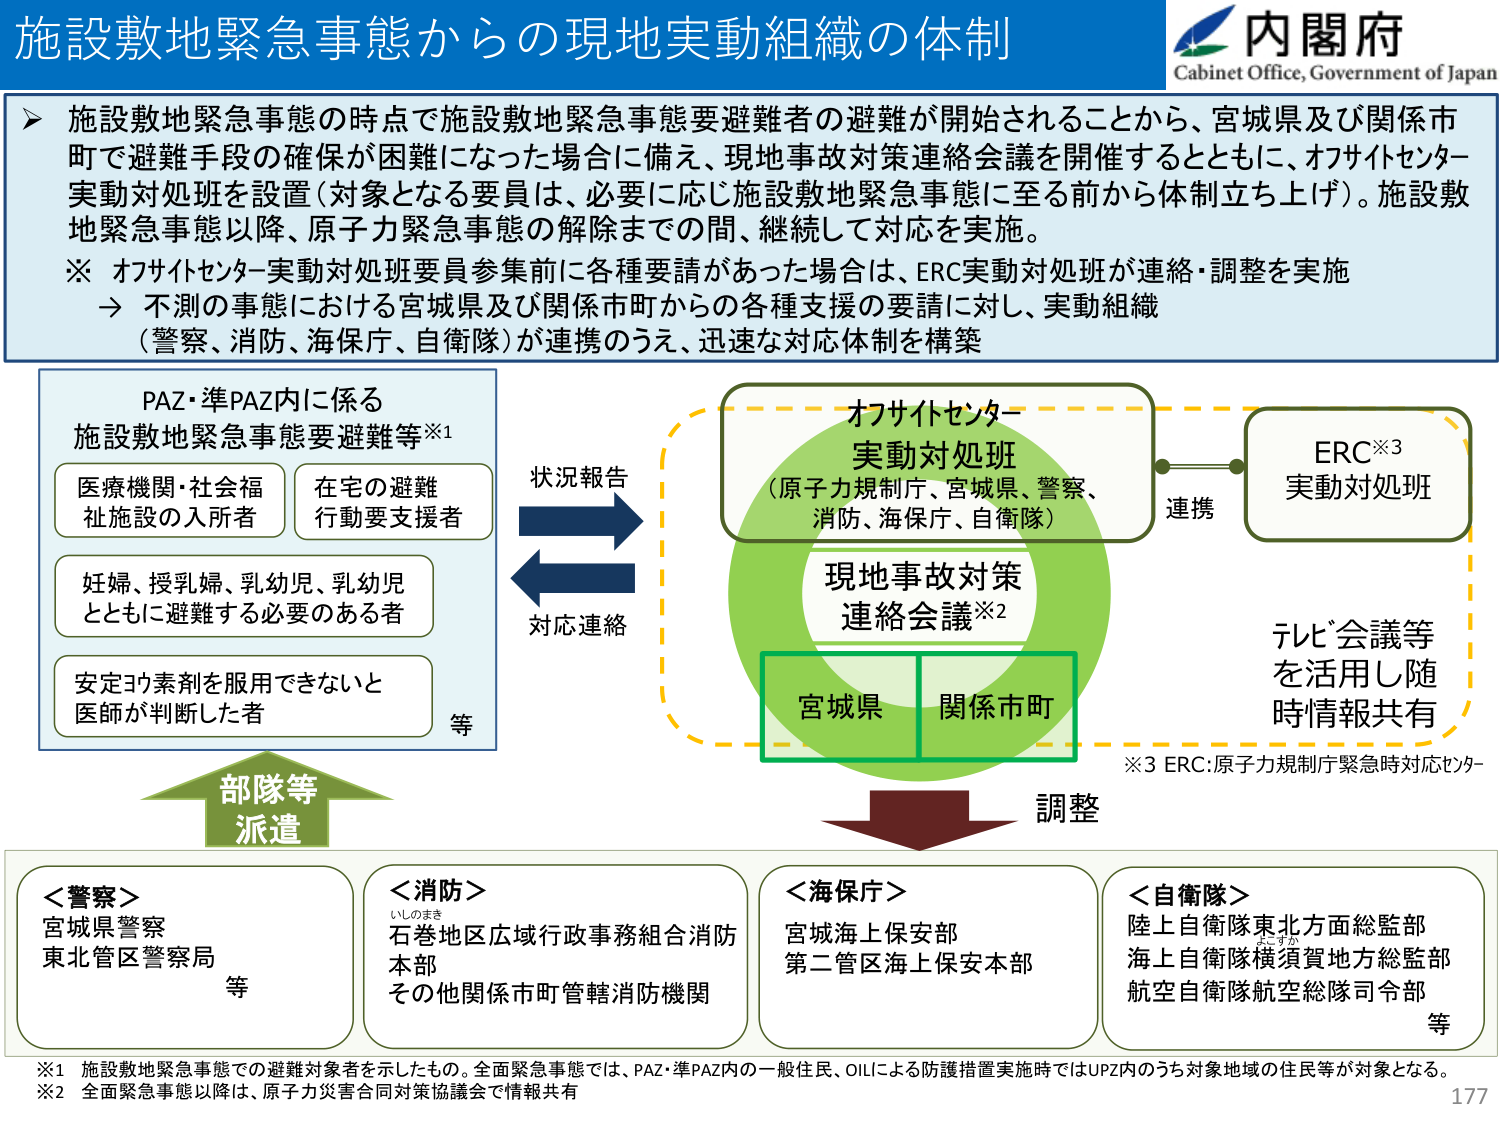
施設敷地緊急事態からの現地実動組織の体制

内閣府
Cabinet Office, Government of Japan

▶ 施設敷地緊急事態の時点で施設敷地緊急事態要避難者の避難が開始されることから、宮城県及び関係市町で避難手段の確保が困難になった場合に備え、現地事故対策連絡会議を開催するとともに、オフサイトセンター実動対処班を設置（対象となる要員は、必要に応じ施設敷地緊急事態に至る前から体制立ち上げ）。施設敷地緊急事態以降、原子力緊急事態の解除までの間、継続して対応を実施。

※ オフサイトセンター実動対処班要員参集前に各種要請があった場合は、ERC実動対処班が連絡・調整を実施
→ 不測の事態における宮城県及び関係市町からの各種支援の要請に対し、実動組織（警察、消防、海保庁、自衛隊）が連携のうえ、迅速な対応体制を構築

PAZ・準PAZ内に係る
施設敷地緊急事態要避難等※1

医療機関・社会福祉施設の入所者
在宅の避難行動要支援者

妊婦、授乳婦、乳幼児、乳幼児とともに避難する必要のある者

安定ヨウ素剤を服用できないと医師が判断した者
等

状況報告
対応連絡

オフサイトセンター
実動対処班
（原子力規制庁、宮城県、警察、消防、海保庁、自衛隊）

現地事故対策
連絡会議※2

宮城県
関係市町

連携

ERC※3
実動対処班

テレビ会議等
を活用し随時情報共有

※3 ERC：原子力規制庁緊急時対応センター

調整

部隊等
派遣

＜警察＞
宮城県警察
東北管区警察局
等

＜消防＞
いしのまき
石巻地区広域行政事務組合消防本部
その他関係市町管轄消防機関

＜海保庁＞
宮城海上保安部
第二管区海上保安本部

＜自衛隊＞
陸上自衛隊東北方面総監部
海上自衛隊横須賀地方総監部
航空自衛隊航空総隊司令部
等

※1 施設敷地緊急事態での避難対象者を示したもの。全面緊急事態では、PAZ・準PAZ内の一般住民、OILによる防護措置実施時ではUPZ内のうち対象地域の住民等が対象となる。
※2 全面緊急事態以降は、原子力災害合同対策協議会で情報共有

177